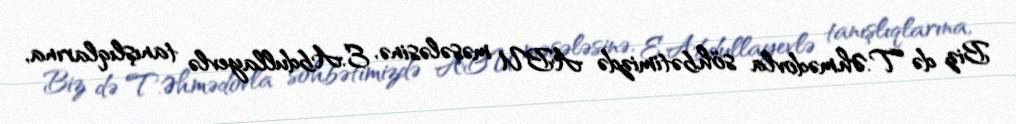
Biz də T.Əhmədovla söhbətimizdə ABU məsələsinə, E.Abdullayevlə tanışlıqlarına,